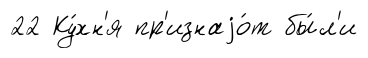
22 Ку́хн'я пр'изнаjо́т бы́л'и